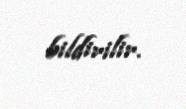
bildirilir.